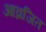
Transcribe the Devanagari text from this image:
आव्रजित